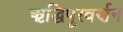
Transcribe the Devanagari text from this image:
ऋद्धिपूरवर्णन